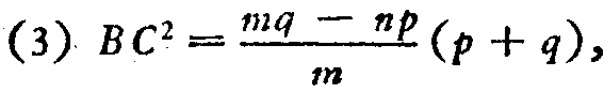
(3) \(BC^{2}=\frac {mq - np}{m}(p + q)\)